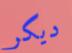
ديكر